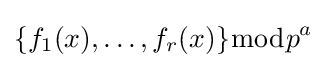
\{f_{1}(x),\ldots ,f_{r}(x)\}{\bmod {p}}^{a}